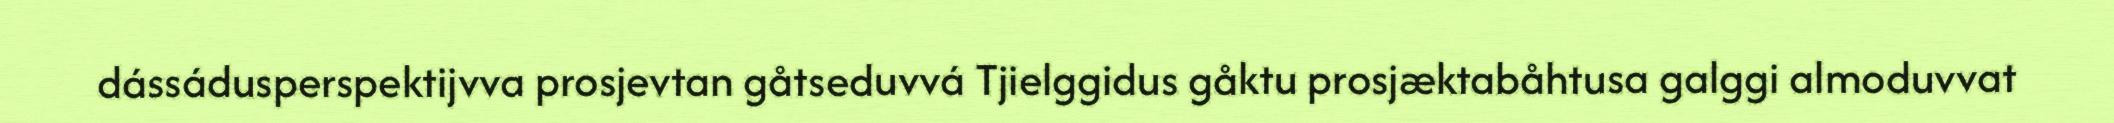
dássádusperspektijvva prosjevtan gåtseduvvá Tjielggidus gåktu prosjæktabåhtusa galggi almoduvvat